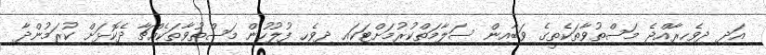
އަދި ދިވެހިރާއްޖެ މަސްތުވާތަކެތީގެ ވަބާއިން ސަލާމަތްކުރުމަށްޓަކައި ދިވެހި ފުލުހުން މަސްތުވާތަކެއްޗާ ދެކޮޅަށް ކުރަމުންދާ